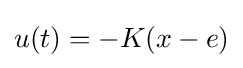
u(t)=-K(x-e)